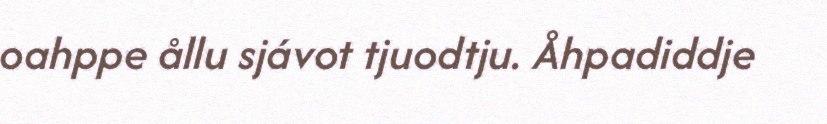
oahppe ållu sjávot tjuodtju. Åhpadiddje